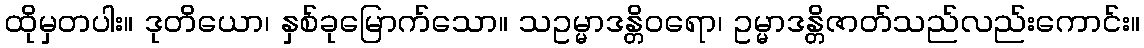
ထိုမှတပါး။ ဒုတိယော၊ နှစ်ခုမြောက်သော။ သဥမ္မာဒန္တိဝရော၊ ဥမ္မာဒန္တိဇာတ်သည်လည်းကောင်း။